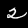
Label: 2